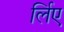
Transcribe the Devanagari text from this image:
र्लिए